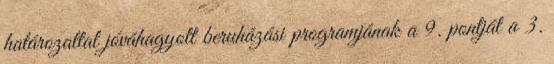
határozattal jóváhagyott beruházási programjának a 9. pontját a 3.